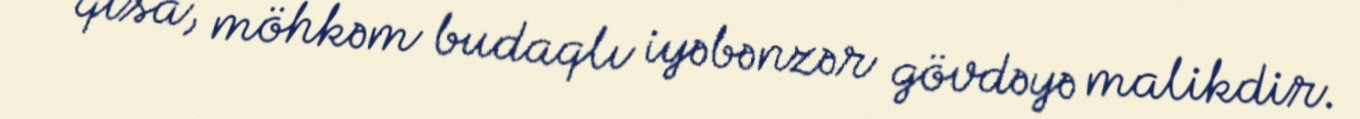
qısa, möhkəm budaqlı iyəbənzər gövdəyə malikdir.